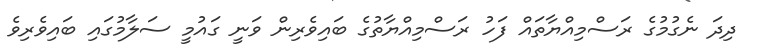
ދިދަ ނެގުމުގެ ރަސްމިއްޔާތައް ފަހު ރަސްމިއްޔާތުގެ ބައިވެރިން ވަނީ ގައުމީ ސަލާމުގައި ބައިވެރިވެ